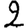
Digit: 2